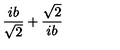
\frac { i b } { \sqrt { 2 } } + \frac { \sqrt { 2 } } { i b }